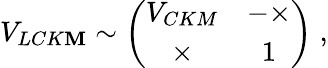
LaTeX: V_{LCK\mathbf{M}}\sim\left(\begin{array}{cc}{{V_{CKM}}}&{{-\times}}\\ {{\times}}&{{1}}\end{array}\right)\; ,